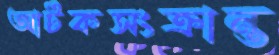
আটকসংক্রান্ত